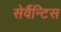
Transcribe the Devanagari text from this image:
सेर्वैन्टिस